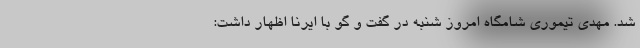
شد. مهدی تیموری شامگاه امروز شنبه در گفت و گو با ایرنا اظهار داشت: